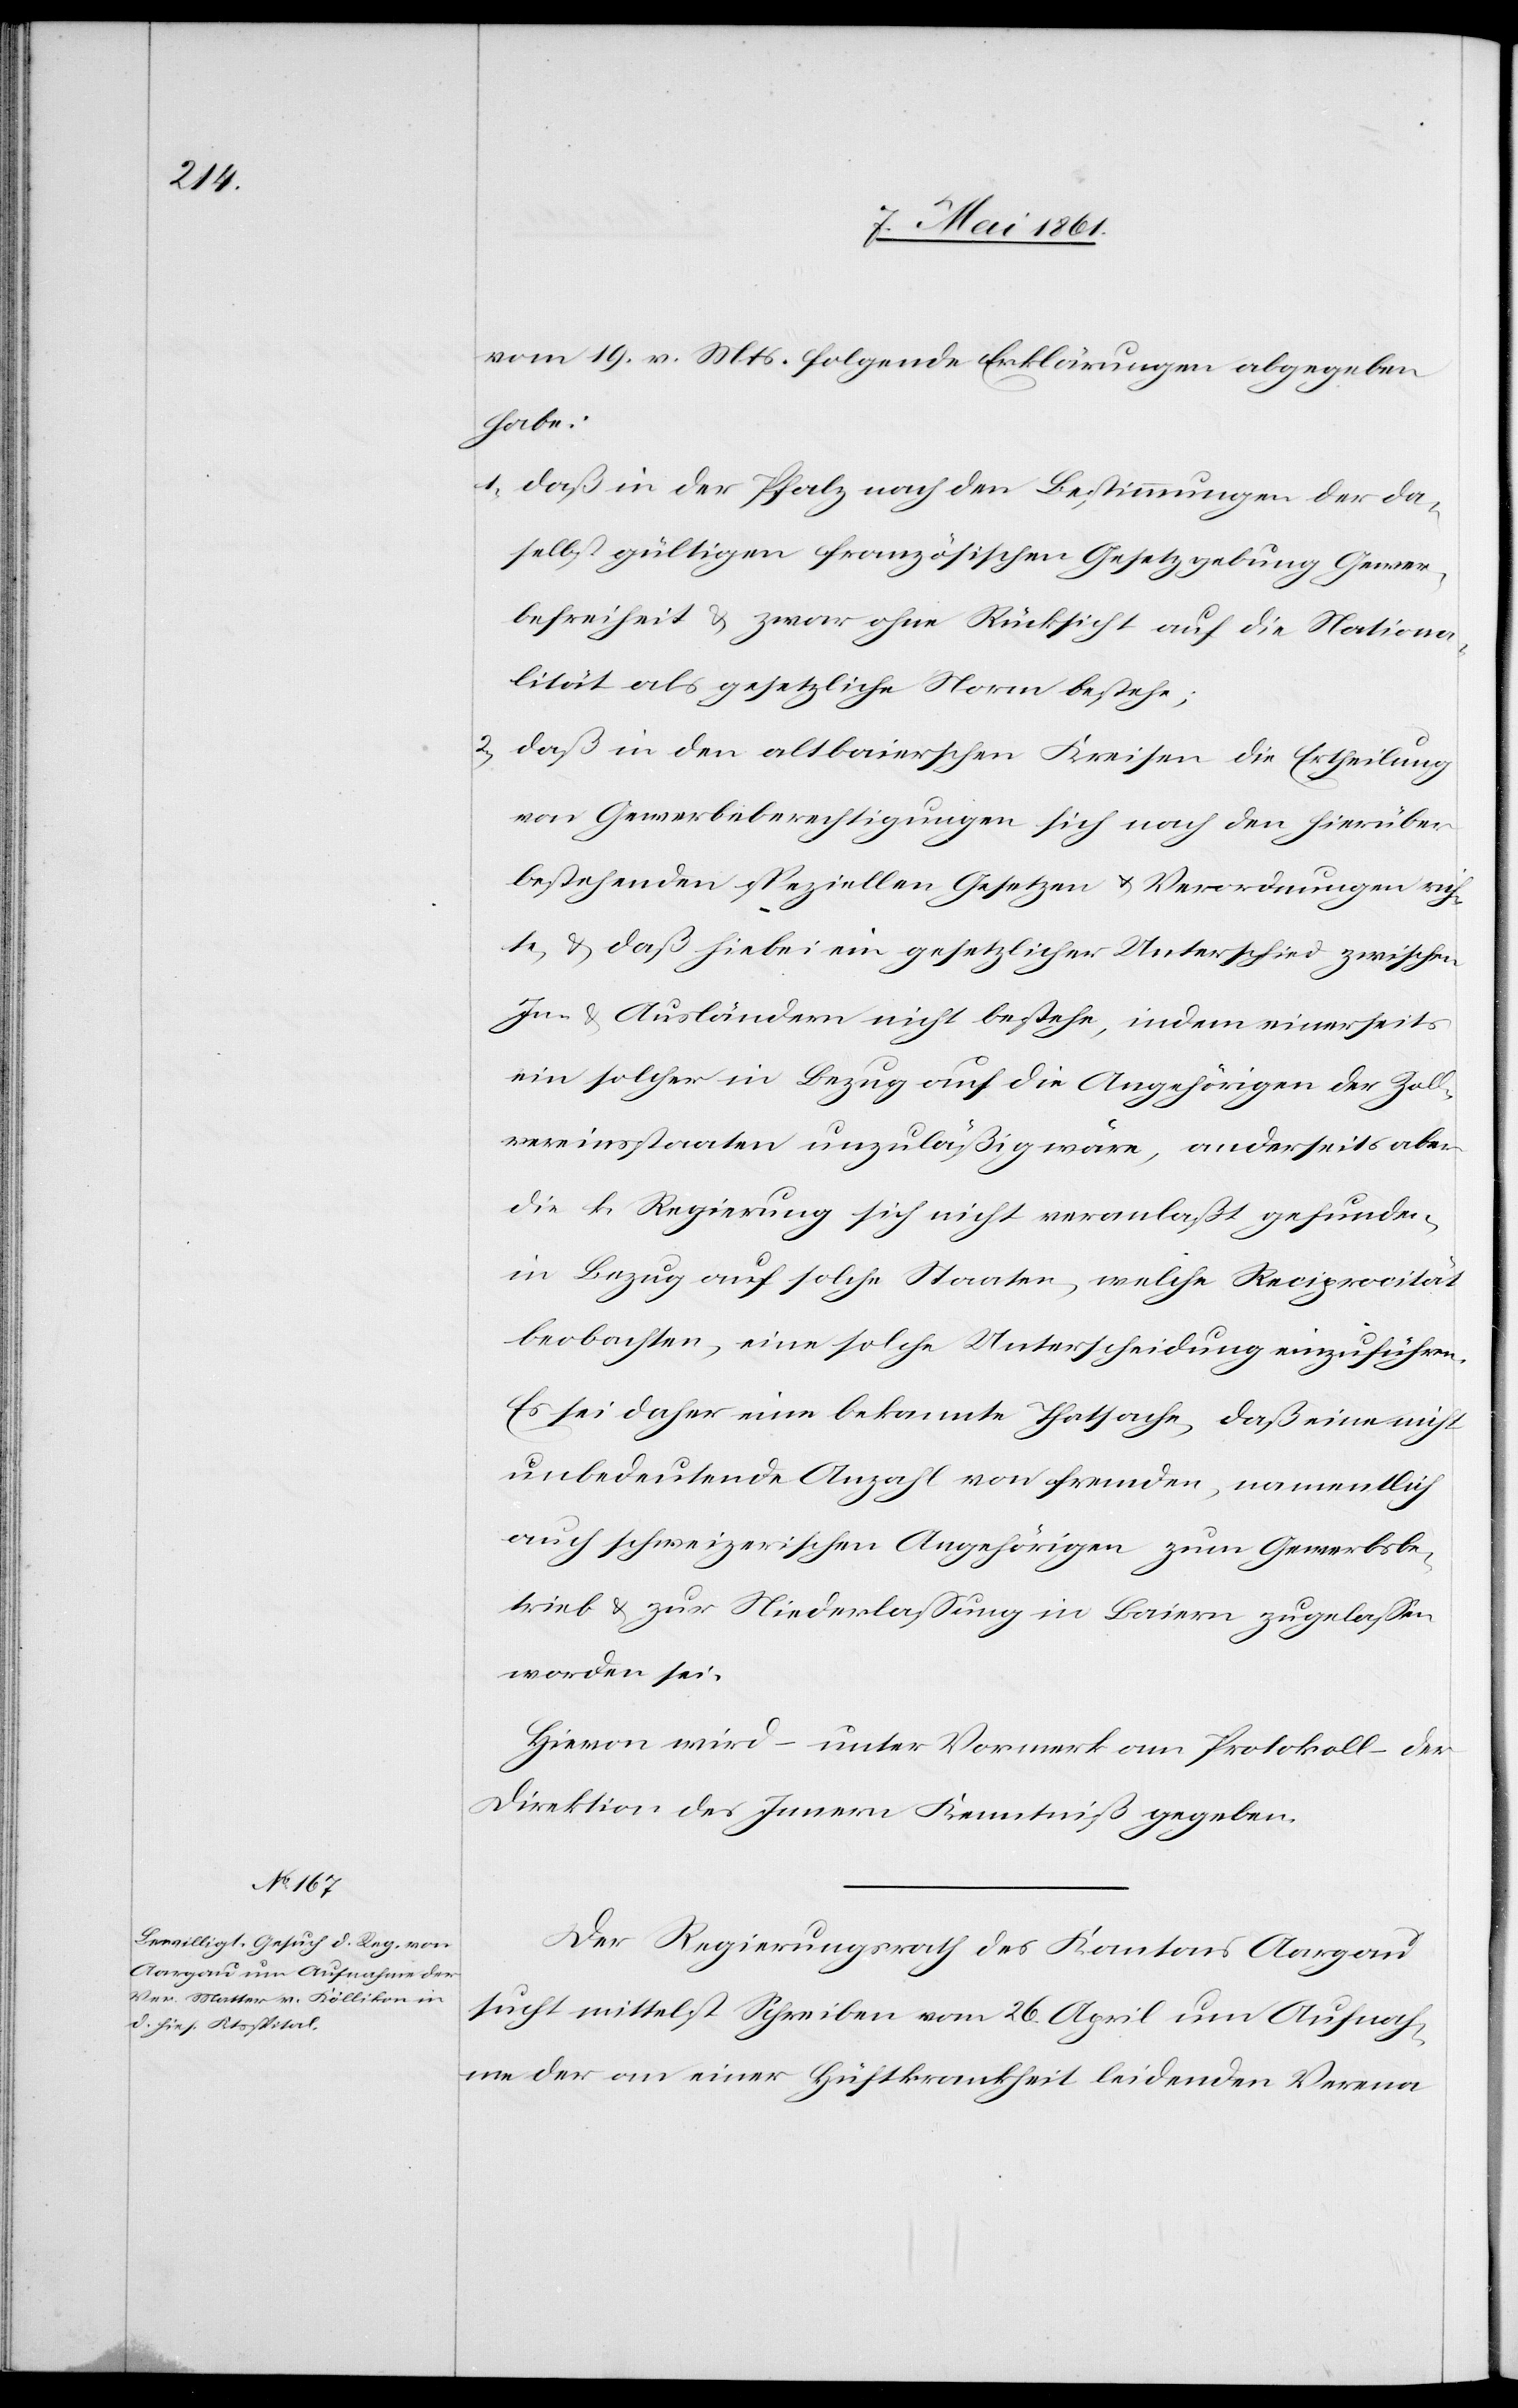
vom 19. v. Mts. folgende Erklärungen abgegeben
habe:
1. daß in der Pfalz nach den Bestimmungen der da¬
selbst gültigen französischen Gesetzgebung Gewer¬
befreiheit u. zwar ohne Rücksicht auf die Nationa¬
lität als gesetzliche Norm bestehe;
2. daß in den altbaierschen Kreisen die Ertheilung
von Gewerbeberechtigungen sich nach den hierüber
bestehenden speziellen Gesetzen u. Verordnungen rich¬
te u. daß hier ein gesetzlicher Unterschied zwischen
In- u. Ausländern nicht bestehe, indem einerseits
ein solcher in Bezug auf die Angehörigen der Zoll¬
vereinsstaaten unzuläßig wäre, anderseits aber
die k. Regierung sich nicht veranlaßt gefunden,
in Bezug auf solche Staaten, welche Reciprocität
beobachten, eine solche Unterscheidung einzuführen.
Es sei dahier eine bekannte Thatsache, daß eine nicht
unbedeutende Anzahl von fremden, namentlich
auch schweizerischen Angehörigen zum Gewerbsbe¬
trieb u. zu Niederlassung in Baiern zugelassen
worden sei.
Hievon wird unter Vormerk am Protokoll der
Direktion des Innern Kenntniß gegeben.
Der Regierungsrath des Kantons Aargau
sucht mittelst Schreiben vom 26. April um Aufnah¬
me der an einer Hüftkrankheit leidenden Verena